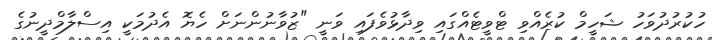
ހުކުރުދުވަހު ޝަހީމް ކުރެއްވި ޓްވީޓެއްގައި ވިދާޅުވެފައި ވަނީ "ޒުވާނުންނަށް ހެޔޮ އެދުމަކީ އިސްލާމްދީނުގެ